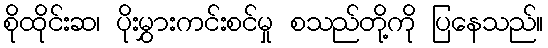
စိုထိုင်းဆ၊ ပိုးမွှားကင်းစင်မှု စသည်တို့ကို ပြနေသည်။